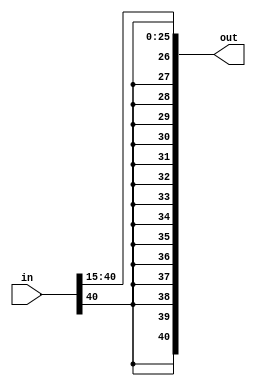
module g1_512(in,out);
input[40:0]in;
output[40:0]out;

assign out[40:0]={{15{in[40]}},in[40:15]};//>>15
endmodule